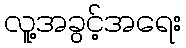
လူ့အခွင့်အရေး